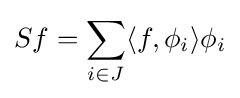
Sf=\sum _{i\in J}\langle f,\phi _{i}\rangle \phi _{i}